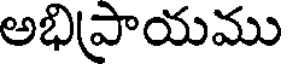
అభిపాయము